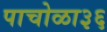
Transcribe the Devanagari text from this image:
पाचोळा३६